Manual of the Civil Veterinary Department, Central Provinces and Berar
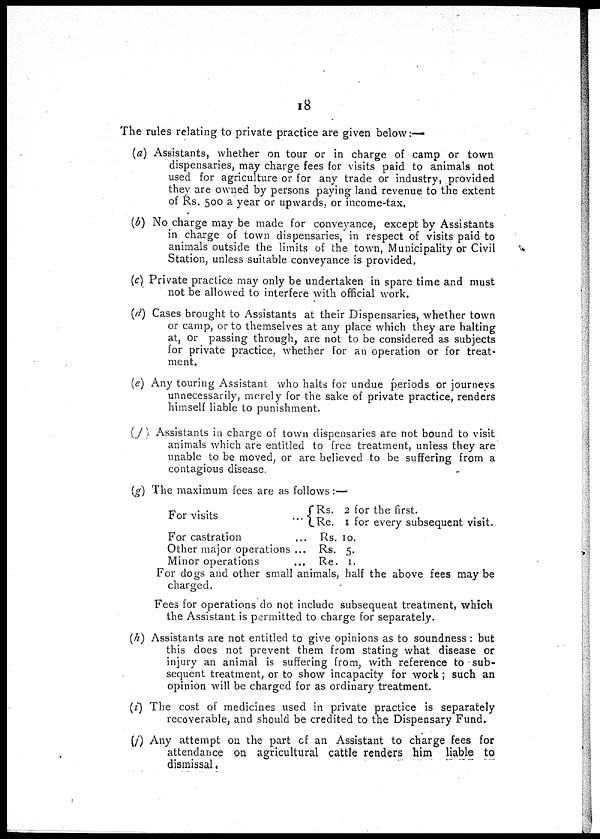
18
The rules relating to private practice are given below:—
(a) Assistants, whether on tour or in charge of camp or town
dispensaries, may charge fees for visits paid to animals not
used for agriculture or for any trade or industry, provided
they are owned by persons paying land revenue to the extent
of Rs. 500 a year or upwards, or income-tax.
(b) No charge may be made for conveyance, except by Assistants
in charge of town dispensaries, in respect of visits paid to
animals outside the limits of the town, Municipality or Civil
Station, unless suitable conveyance is provided,
(c) Private practice may only be undertaken in spare time and must
not be allowed to interfere with official work.
(d) Cases brought to Assistants at their Dispensaries, whether town
or camp, or to themselves at any place which they are halting
at, or passing through, are not to be considered as subjects
for private practice, whether for an operation or for treat-
ment.
(e) Any touring Assistant who halts for undue periods or journeys
unnecessarily, merely for the sake of private practice, renders
himself liable to punishment.
(f) Assistants in charge of town dispensaries are not bound to visit
animals which are entitled to free treatment, unless they are
unable to be moved, or are believed to be suffering from a
contagious disease.
(g) The maximum fees are as follows:—
For visits ...
For castration ...
Other major operations ...
Minor operations
...
Rs. 2 for the first.
Re. 1 for every subsequent visit.
Rs. 10.
Rs. 5.
Re. 1.
For dogs and other small animals, half the above fees may be
charged.
Fees for operations do not include subsequent treatment, which
the Assistant is permitted to charge for separately.
(h) Assistants are not entitled to give opinions as to soundness: but
this does not prevent them from stating what disease or
injury an animal is suffering from, with reference to sub-
sequent treatment, or to show incapacity for work; such an
opinion will be charged for as ordinary treatment.
(i) The cost of medicines used in private practice is separately
recoverable, and should be credited to the Dispensary Fund.
(j) Any attempt on the part of an Assistant to charge fees for
attendance on agricultural cattle renders him liable to
dismissal.